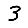
Digit: 3